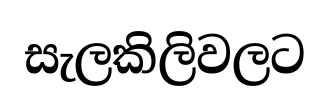
සැලකිලිවලට